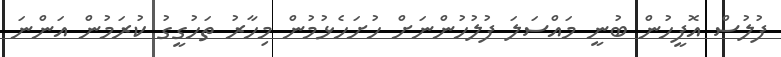
ފުލުސް އޮފީހުން ބުނީ މައްސަލަ ފުލުހުންނަށް ހުށަހެޅުމުން މިހާރު ތަހުގީގު ކުރަމުން އަންނަ